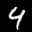
Label: 4